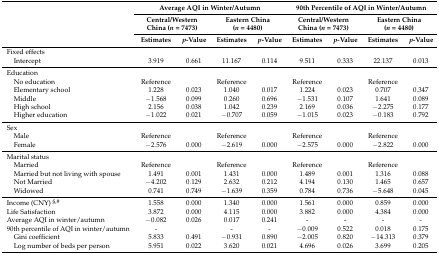
<table><thead><tr><td></td><td colspan="4"><b>Average AQI in Winter/Autumn</b></td><td colspan="4"><b>90th Percentile of AQI in Winter/Autumn</b></td></tr><tr><td></td><td colspan="2"><b>Central/Western China (<i>n</i> = 7473)</b></td><td colspan="2"><b>Eastern China (<i>n</i> = 4480)</b></td><td colspan="2"><b>Central/Western China (<i>n</i> = 7473)</b></td><td colspan="2"><b>Eastern China (<i>n</i> = 4480)</b></td></tr><tr><td></td><td><b>Estimates</b></td><td><b><i>p</i>-Value</b></td><td><b>Estimates</b></td><td><b><i>p</i>-Value </b></td><td><b>Estimates</b></td><td><b><i>p</i>-Value</b></td><td><b>Estimates</b></td><td><b><i>p</i>-Value</b></td></tr></thead><tbody><tr><td>Fixed effects</td><td></td><td></td><td></td><td></td><td></td><td></td><td></td><td></td></tr><tr><td> Intercept</td><td>3.919</td><td>0.661</td><td>11.167</td><td>0.114</td><td>9.511</td><td>0.333</td><td>22.137</td><td>0.013</td></tr><tr><td>Education </td><td></td><td></td><td></td><td></td><td></td><td></td><td></td><td></td></tr><tr><td> No education</td><td>Reference</td><td></td><td>Reference</td><td></td><td>Reference</td><td></td><td>Reference</td><td></td></tr><tr><td> Elementary school </td><td>1.228</td><td>0.023</td><td>1.040</td><td>0.017</td><td>1.224 </td><td>0.023</td><td>0.707 </td><td>0.347</td></tr><tr><td> Middle </td><td>−1.568</td><td>0.099</td><td>0.260</td><td>0.696</td><td>−1.531</td><td>0.107</td><td>1.641 </td><td>0.089</td></tr><tr><td> High school </td><td>2.156</td><td>0.038</td><td>1.042</td><td>0.239</td><td>2.169 </td><td>0.036</td><td>−2.275</td><td>0.177</td></tr><tr><td> Higher education </td><td>−1.022</td><td>0.021</td><td>−0.707</td><td>0.059</td><td>−1.015</td><td>0.023</td><td>−0.183</td><td>0.792</td></tr><tr><td>Sex</td><td></td><td></td><td></td><td></td><td></td><td></td><td></td><td></td></tr><tr><td> Male</td><td>Reference</td><td></td><td>Reference</td><td></td><td>Reference</td><td></td><td>Reference</td><td></td></tr><tr><td> Female</td><td>−2.576</td><td>0.000</td><td>−2.619</td><td>0.000</td><td>−2.575</td><td>0.000</td><td>−2.822</td><td>0.000</td></tr><tr><td>Marital status</td><td></td><td></td><td></td><td></td><td></td><td></td><td></td><td></td></tr><tr><td> Married</td><td>Reference</td><td></td><td>Reference</td><td></td><td>Reference</td><td></td><td>Reference</td><td></td></tr><tr><td> Married but not living with spouse</td><td>1.491</td><td>0.001</td><td>1.431</td><td>0.000</td><td>1.489 </td><td>0.001</td><td>1.316 </td><td>0.088</td></tr><tr><td> Not Married</td><td>−4.202</td><td>0.129</td><td>2.632</td><td>0.212</td><td>4.194 </td><td>0.130</td><td>1.465 </td><td>0.657</td></tr><tr><td> Widowed</td><td>0.741</td><td>0.749</td><td>−1.639</td><td>0.359</td><td>0.784 </td><td>0.736</td><td>−5.648</td><td>0.045</td></tr><tr><td>Income (CNY) <sup>§,#</sup></td><td>1.558</td><td>0.000</td><td>1.340</td><td>0.000</td><td>1.561 </td><td>0.000</td><td>0.859 </td><td>0.000</td></tr><tr><td>Life Satisfaction</td><td>3.872</td><td>0.000</td><td>4.115</td><td>0.000</td><td>3.882 </td><td>0.000</td><td>4.384 </td><td>0.000</td></tr><tr><td>Average AQI in winter/autumn</td><td>−0.082</td><td>0.026</td><td>0.017</td><td>0.241</td><td>-</td><td>-</td><td>-</td><td>-</td></tr><tr><td>90th percentile of AQI in winter/autumn</td><td>-</td><td></td><td>-</td><td>-</td><td>−0.009</td><td>0.522</td><td>0.018 </td><td>0.175</td></tr><tr><td> Gini coefficient</td><td>5.833</td><td>0.491</td><td>−0.931</td><td>0.890</td><td>−2.005</td><td>0.820</td><td>−14.313</td><td>0.379</td></tr><tr><td> Log number of beds per person</td><td>5.951</td><td>0.022</td><td>3.620</td><td>0.021</td><td>4.696</td><td>0.026</td><td>3.699 </td><td>0.205</td></tr></tbody></table>